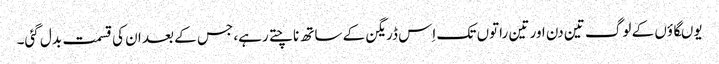
یوںگاؤں کے لوگ تین دن اور تین راتوں تک اِس ڈریگن کے ساتھ ناچتے رہے، جس کے بعد ان کی قسمت بدل گئی۔